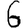
Digit: 6